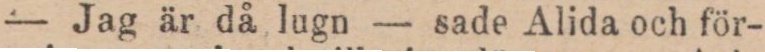
— Jag är då lugn — sade Alida och för-